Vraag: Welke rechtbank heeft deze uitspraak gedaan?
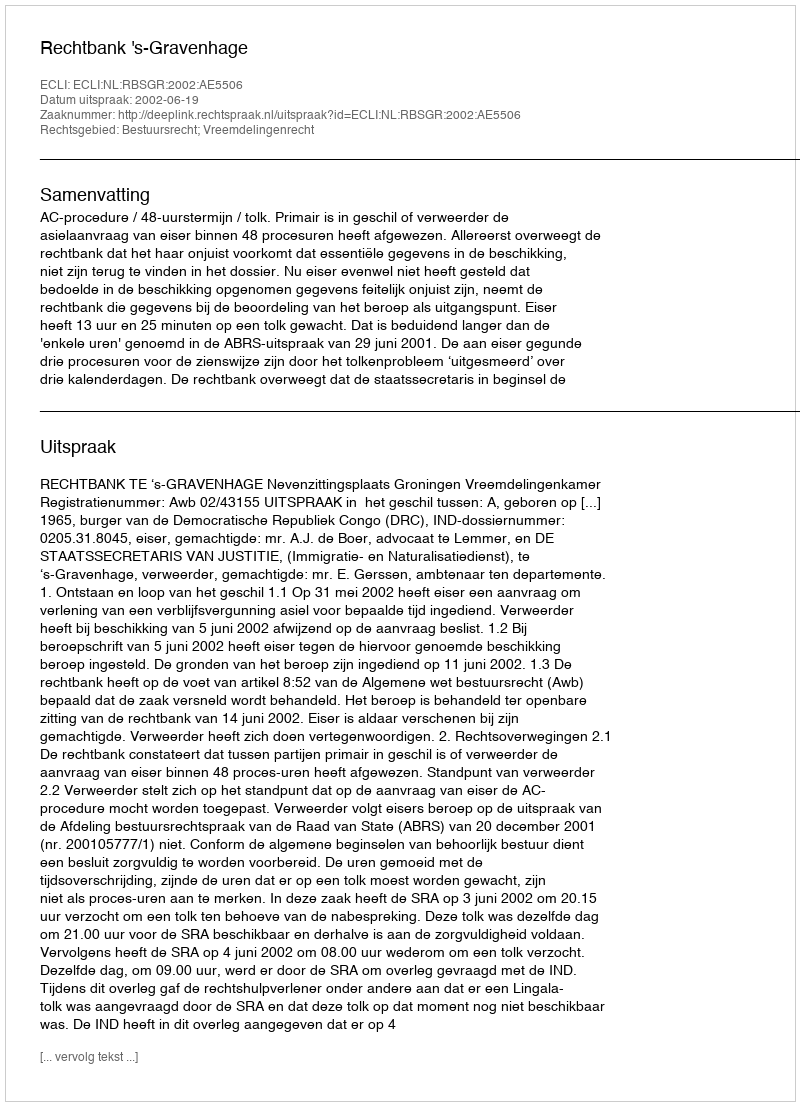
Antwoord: Rechtbank 's-Gravenhage